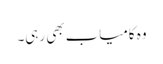
وہ کامیاب بھی رہی۔